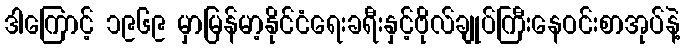
ဒါကြောင့် ၁၉၆၉ မှာမြန်မာ့နိုင်ငံရေးခရီးနှင့်ဗိုလ်ချုပ်ကြီးနေဝင်းစာအုပ်နဲ့